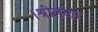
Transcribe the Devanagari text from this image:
।श्रीलंका